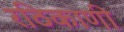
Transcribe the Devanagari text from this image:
रठिकाणी